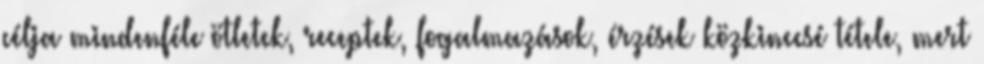
célja mindenféle ötletek, receptek, fogalmazások, érzések közkinccsé tétele, mert